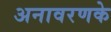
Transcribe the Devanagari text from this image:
अनावरणके